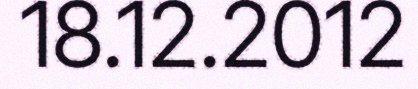
18.12.2012